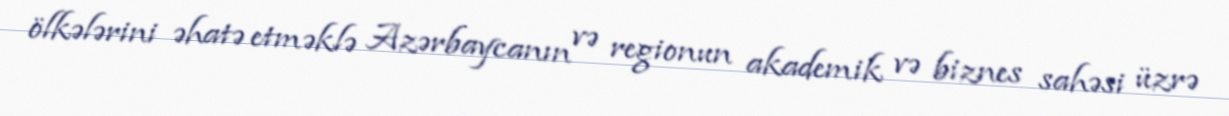
ölkələrini əhatə etməklə Azərbaycanın və regionun akademik və biznes sahəsi üzrə